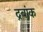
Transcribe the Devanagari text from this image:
द्रबांक